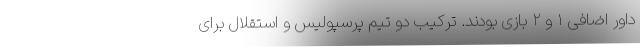
داور اضافی ۱ و ۲ بازی بودند. ترکیب دو تیم پرسپولیس و استقلال برای